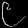
Digit: ၉